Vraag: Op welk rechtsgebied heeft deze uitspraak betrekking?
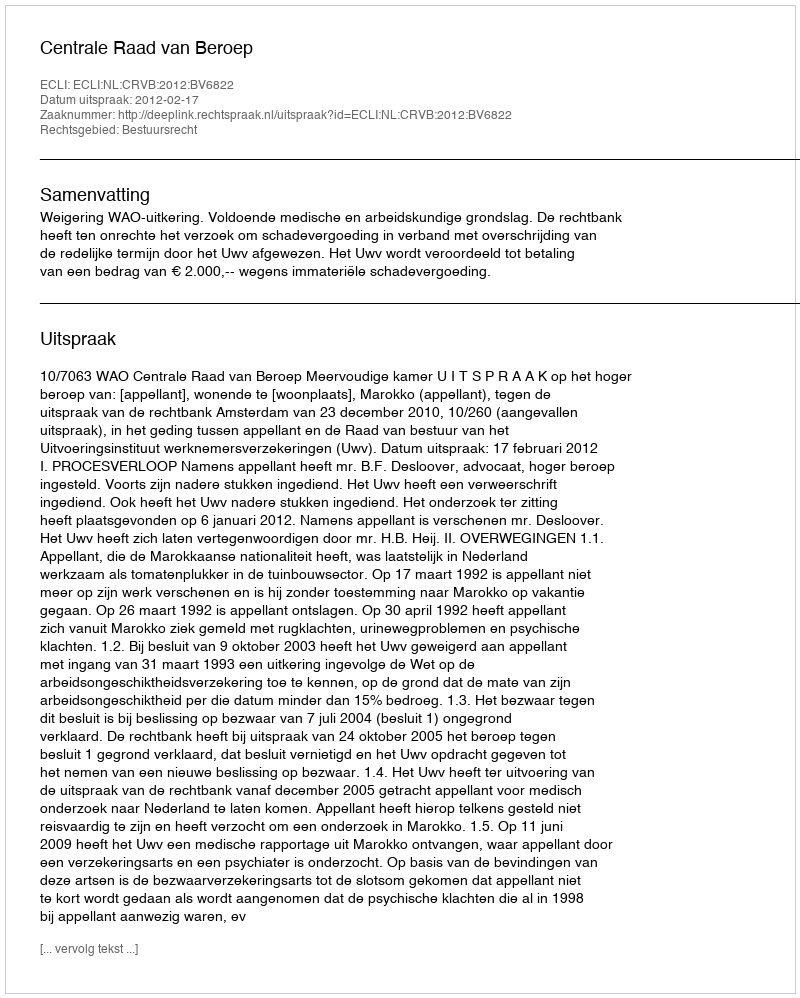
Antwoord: Bestuursrecht